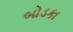
બોડકા